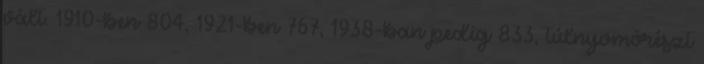
vált. 1910-ben 804, 1921-ben 767, 1938-ban pedig 833, túlnyomórészt